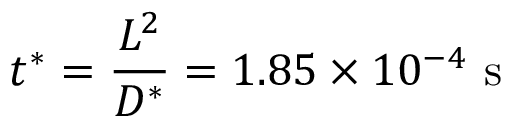
t ^ { * } = \frac { L ^ { 2 } } { D ^ { * } } = 1 . 8 5 \times 1 0 ^ { - 4 } ~ \mathrm { s }